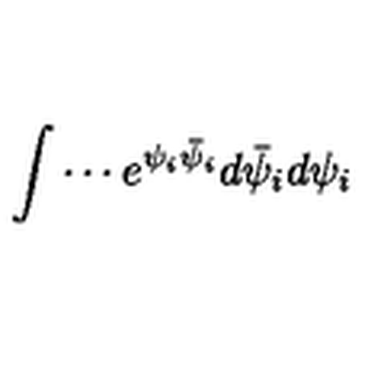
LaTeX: \int \cdots e ^ { \psi _ { i } \bar { \psi } _ { i } } d \bar { \psi } _ { i } d \psi _ { i }